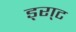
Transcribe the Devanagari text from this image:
ड्रा्ट